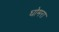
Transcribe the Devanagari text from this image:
घोमरा